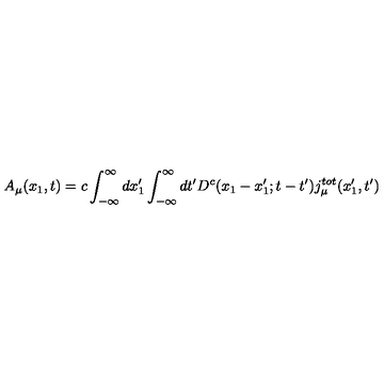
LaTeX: A _ { \mu } ( x _ { 1 } , t ) = c \int _ { - \infty } ^ { \infty } d x _ { 1 } ^ { \prime } \int _ { - \infty } ^ { \infty } d t ^ { \prime } D ^ { c } ( x _ { 1 } - x _ { 1 } ^ { \prime } ; t - t ^ { \prime } ) j _ { \mu } ^ { t o t } ( x _ { 1 } ^ { \prime } , t ^ { \prime } )